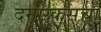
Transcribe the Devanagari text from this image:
दमास्कसचा